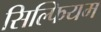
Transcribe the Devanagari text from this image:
सिल्फियम